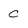
Character: c